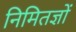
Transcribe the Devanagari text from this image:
निमितज्ञों